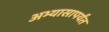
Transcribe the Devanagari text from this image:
अभ्यासापर्यंत